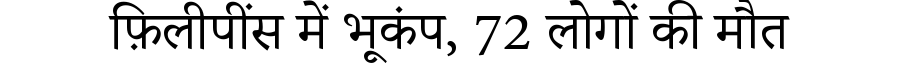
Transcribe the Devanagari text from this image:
फ़िलीपींस में भूकंप, 72 लोगों की मौत